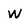
Character: w